Vaccination in Bombay 1863-1868 - 1863-1868
Year: 1863
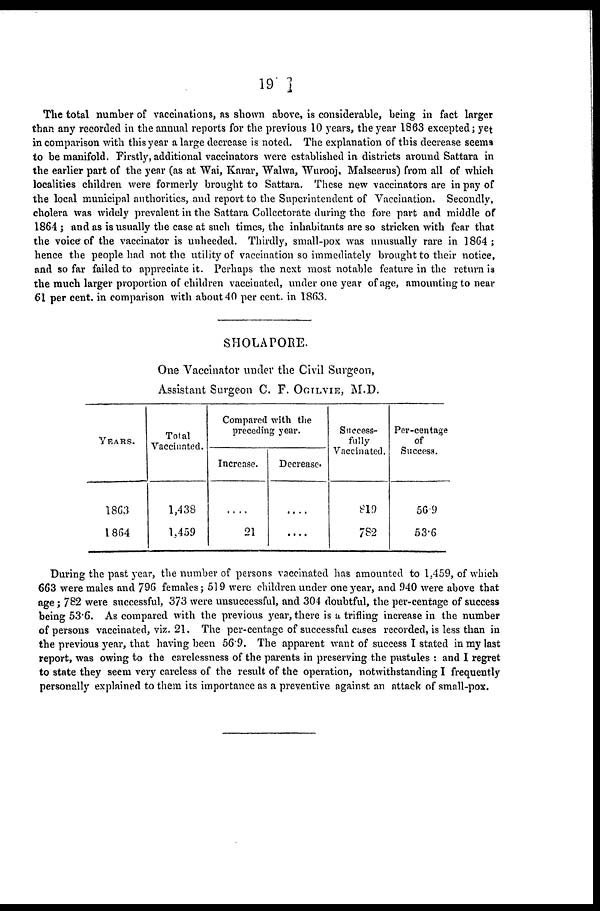
19
The total number of vaccinations, as shown above, is considerable, being in fact larger
than any recorded in the annual reports for the previous 10 years, the year 1863 excepted ; yet
in comparison with this year a large decrease is noted. The explanation of this decrease seems
to be manifold. Firstly, additional vaccinators were established in districts around Sattara in
the earlier part of the year (as at Wai, Karar, Walwa, Wurooj, Malseerus) from all of which
localities children were formerly brought to Sattara. These new vaccinators are in pay of
the local municipal authorities, and report to the Superintendent of Vaccination. Secondly,
cholera was widely prevalent in the Sattara Collectorate during the fore part and middle of
1864 ; and as is usually the case at such times, the inhabitants are so stricken with fear that
the voice of the vaccinator is unheeded. Thirdly, small-pox was unusually rare in 1864 ;
hence the people had not the utility of vaccination so immediately brought to their notice,
and so far failed to appreciate it. Perhaps the next most notable feature in the return is
the much larger proportion of children vaccinated, under one year of age, amounting to near
61 per cent, in comparison with about 40 per cent. in 1863.
SHOLAPORE.
One Vaccinator under the Civil Surgeon,
Assistant Surgeon C. F. OGILVIE, M.D.
YEARS.
1863
1864
Total
Vaccinated.
1,438
1,459
Compared with the
preceding year.
Increase.
....
21
Decrease.
....
....
Success-
fully
Vaccinated.
919
782
Per-centage
of
Success.
56.9
53.6
During the past year, the number of persons vaccinated has amounted to 1,459, of which
663 were males and 796 females; 519 were children under one year, and 940 were above that
age; 782 were successful, 373 were unsuccessful, and 304 doubtful, the per-centage of success
being 53.6. As compared with the previous year, there is a trifling increase in the number
of persons vaccinated, viz. 21. The per-centage of successful cases recorded, is less than in
the previous year, that having been 56.9. The apparent want of success I stated in my last
report, was owing to the carelessness of the parents in preserving the pustules : and I regret
to state they seem very careless of the result of the operation, notwithstanding I frequently
personally explained to them its importance as a preventive against an attack of small-pox.